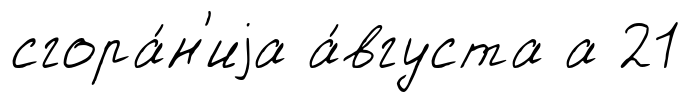
сгора́н'иjа а́вгуста а 21